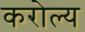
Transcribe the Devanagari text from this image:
करोल्य